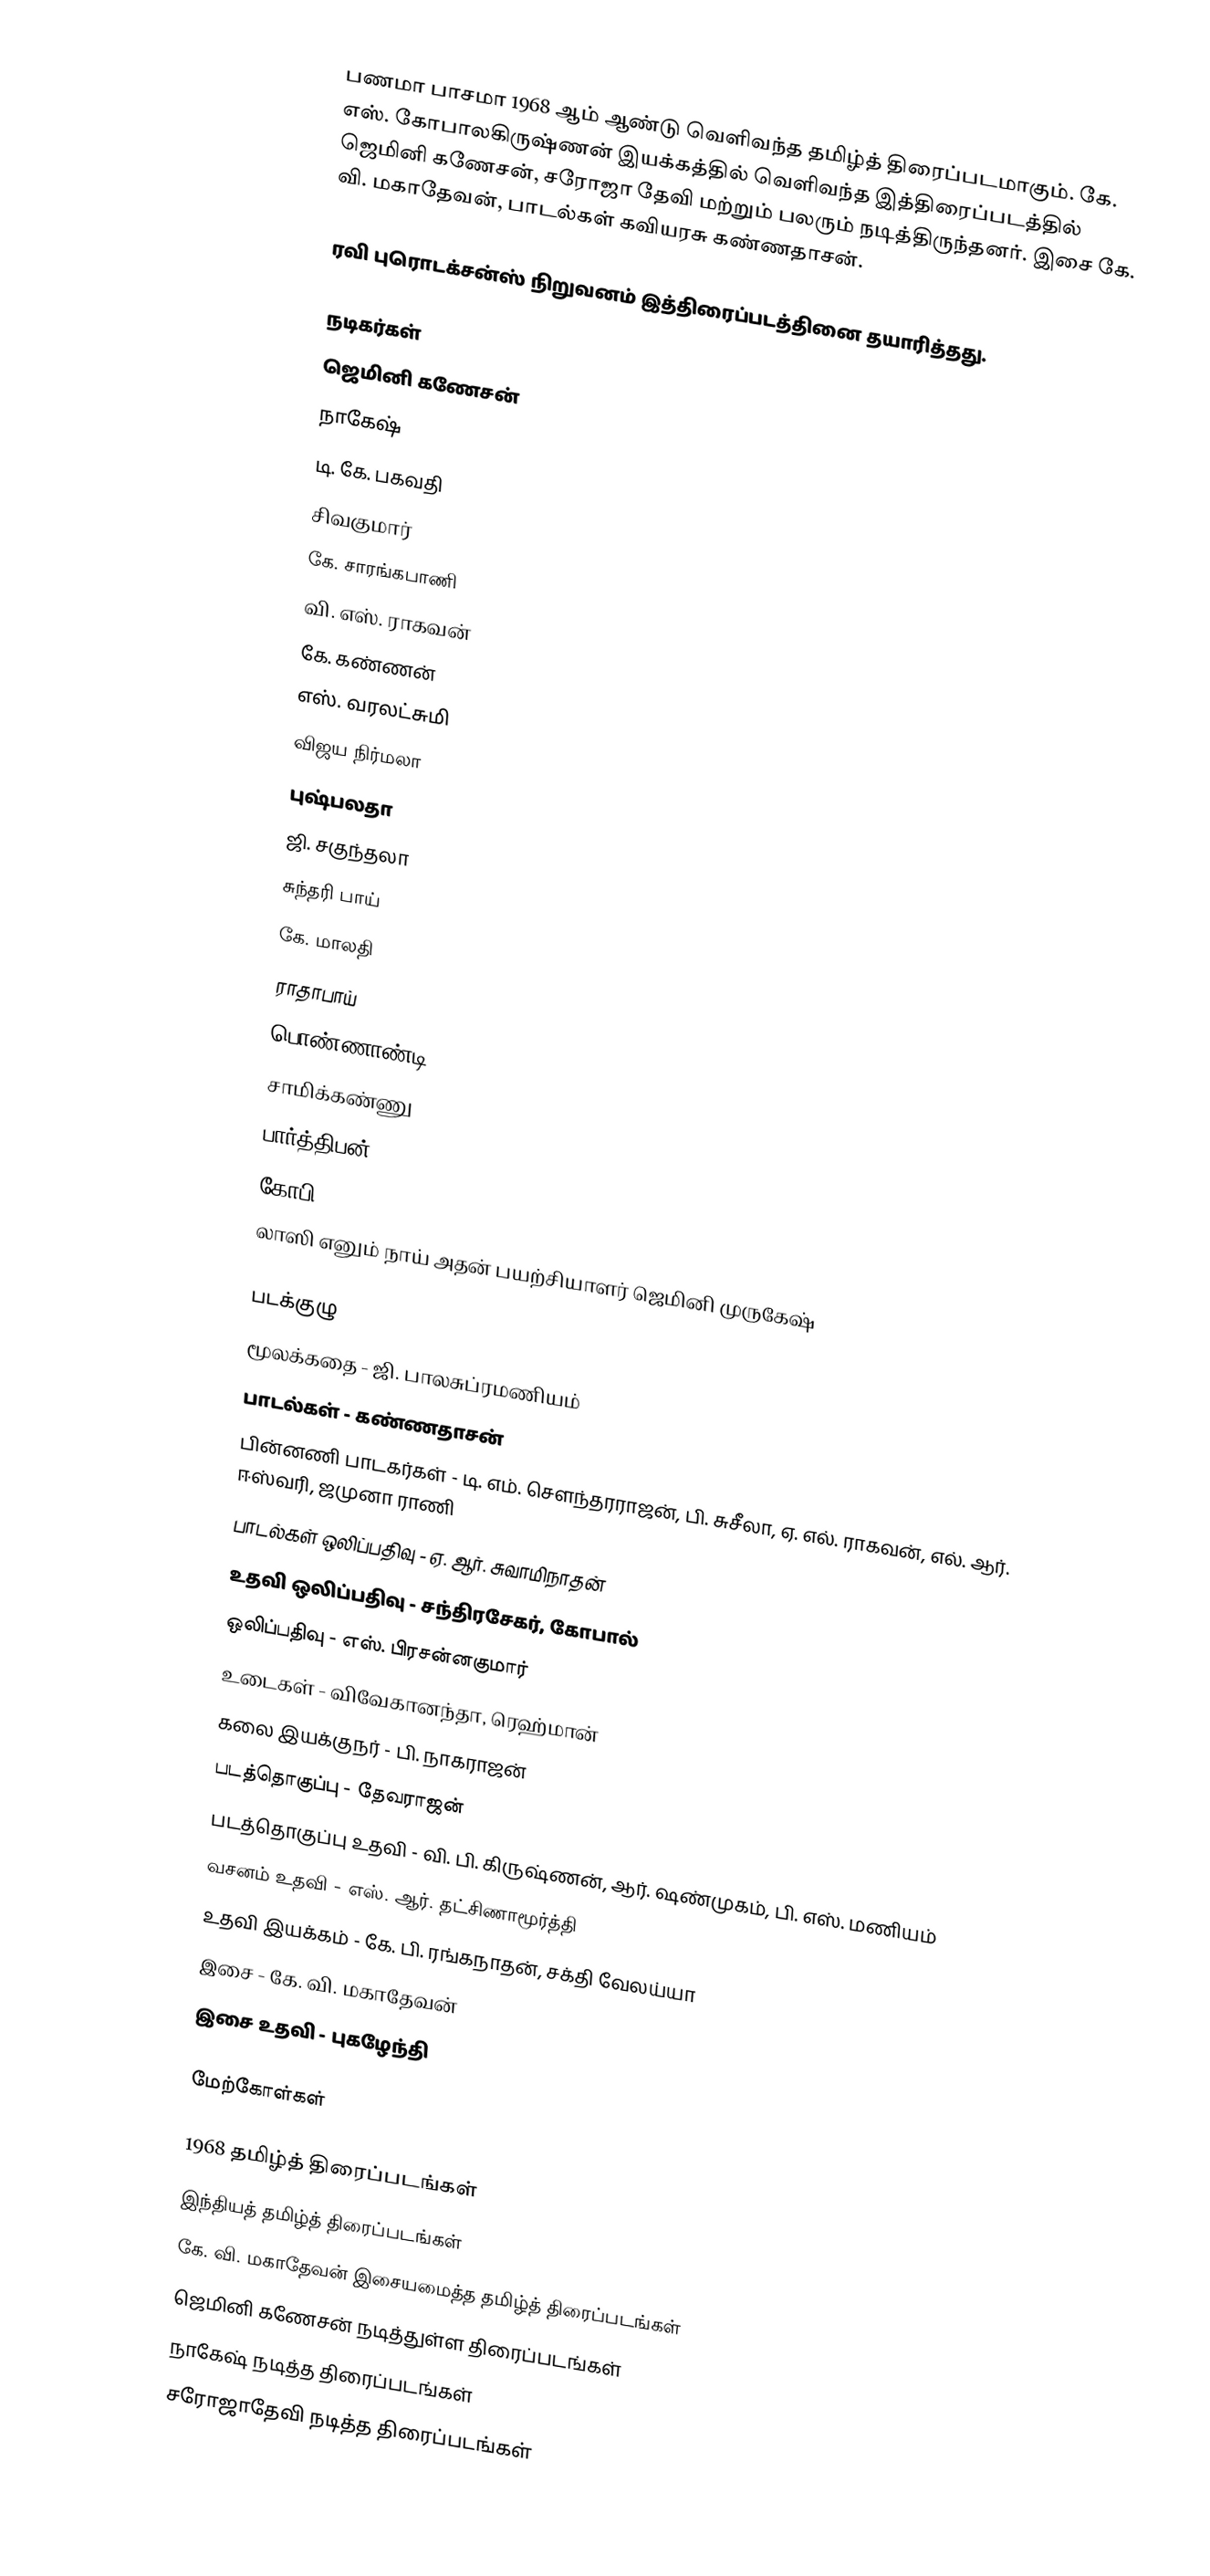
பணமா பாசமா 1968 ஆம் ஆண்டு வெளிவந்த தமிழ்த் திரைப்படமாகும். கே. எஸ். கோபாலகிருஷ்ணன் இயக்கத்தில் வெளிவந்த இத்திரைப்படத்தில் ஜெமினி கணேசன், சரோஜா தேவி மற்றும் பலரும் நடித்திருந்தனர். இசை கே. வி. மகாதேவன், பாடல்கள் கவியரசு கண்ணதாசன்.

ரவி புரொடக்சன்ஸ் நிறுவனம் இத்திரைப்படத்தினை தயாரித்தது.

நடிகர்கள்
 ஜெமினி கணேசன்
 நாகேஷ்
 டி. கே. பகவதி
 சிவகுமார்
 கே. சாரங்கபாணி
 வி. எஸ். ராகவன்
 கே. கண்ணன்
 எஸ். வரலட்சுமி
 விஜய நிர்மலா
 புஷ்பலதா
 ஜி. சகுந்தலா
 சுந்தரி பாய்
 கே. மாலதி
 ராதாபாய்
 பொண்ணாண்டி
 சாமிக்கண்ணு
 பார்த்திபன்
 கோபி
 லாஸி எனும் நாய் அதன் பயற்சியாளர் ஜெமினி முருகேஷ்

படக்குழு
 மூலக்கதை - ஜி. பாலசுப்ரமணியம்
 பாடல்கள் - கண்ணதாசன்
 பின்னணி பாடகர்கள் - டி. எம். சௌந்தரராஜன், பி. சுசீலா, ஏ. எல். ராகவன், எல். ஆர். ஈஸ்வரி, ஜமுனா ராணி
 பாடல்கள் ஒலிப்பதிவு -  ஏ. ஆர். சுவாமிநாதன்
 உதவி ஒலிப்பதிவு - சந்திரசேகர், கோபால்
 ஒலிப்பதிவு - எஸ். பிரசன்னகுமார்
 உடைகள் - விவேகானந்தா, ரெஹ்மான்
 கலை இயக்குநர் - பி. நாகராஜன்
 படத்தொகுப்பு - தேவராஜன்
 படத்தொகுப்பு உதவி - வி. பி. கிருஷ்ணன், ஆர். ஷண்முகம், பி. எஸ். மணியம்
 வசனம் உதவி - எஸ். ஆர். தட்சிணாமூர்த்தி
 உதவி இயக்கம் - கே. பி. ரங்கநாதன், சக்தி வேலய்யா
 இசை - கே. வி. மகாதேவன்
 இசை உதவி - புகழேந்தி

மேற்கோள்கள்

1968 தமிழ்த் திரைப்படங்கள்
இந்தியத் தமிழ்த் திரைப்படங்கள்
கே. வி. மகாதேவன் இசையமைத்த தமிழ்த் திரைப்படங்கள்
ஜெமினி கணேசன் நடித்துள்ள திரைப்படங்கள்
நாகேஷ் நடித்த திரைப்படங்கள்
சரோஜாதேவி நடித்த திரைப்படங்கள்